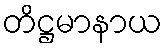
တိဋ္ဌမာနာယ